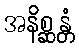
အနိစ္ဆန္တံ